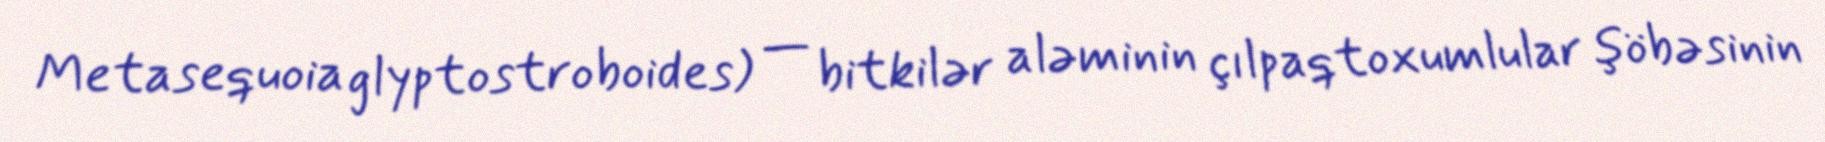
Metasequoia glyptostroboides) — bitkilər aləminin çılpaqtoxumlular şöbəsinin